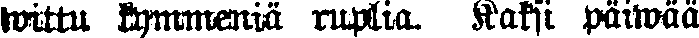
wittu kymmeniä ruplia. Kaksi päiwää